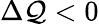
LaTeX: \Delta\mathcal{Q}<0